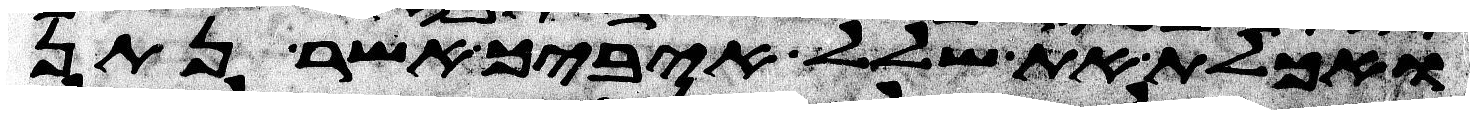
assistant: ואכלת את שלל איביך אשר נתן